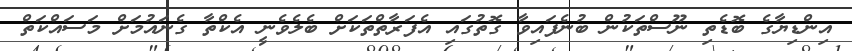
އިންޑިޔާގެ ބޮޑެތި ނޫސްތަކުން ބުނެފައިވާ ގޮތުގައި އެފަރާތްތަކަށް ބެލެވެނީ އެކްތާ ގެނައުމަށް މަސައްކަތް